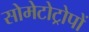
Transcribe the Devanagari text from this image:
सोमेटोट्रोपों